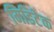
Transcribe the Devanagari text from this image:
मिडिटेक